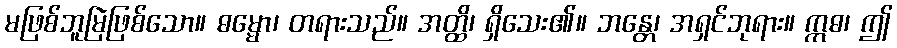
မဖြစ်ဘူမြဲဖြစ်သော။ ဓမ္မော၊ တရားသည်။ အတ္ထိ၊ ရှိသေး၏။ ဘန္တေ၊ အရှင်ဘုရား။ ဣဓ၊ ဤ